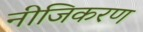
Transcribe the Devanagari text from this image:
नीजिकरण